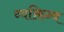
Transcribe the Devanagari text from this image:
व्यक्तिन्व